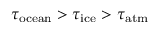
\tau _ { \mathrm { o c e a n } } > \tau _ { \mathrm { i c e } } > \tau _ { \mathrm { a t m } }